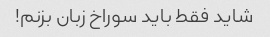
شاید فقط باید سوراخ زبان بزنم!